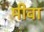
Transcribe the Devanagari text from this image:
मीवा